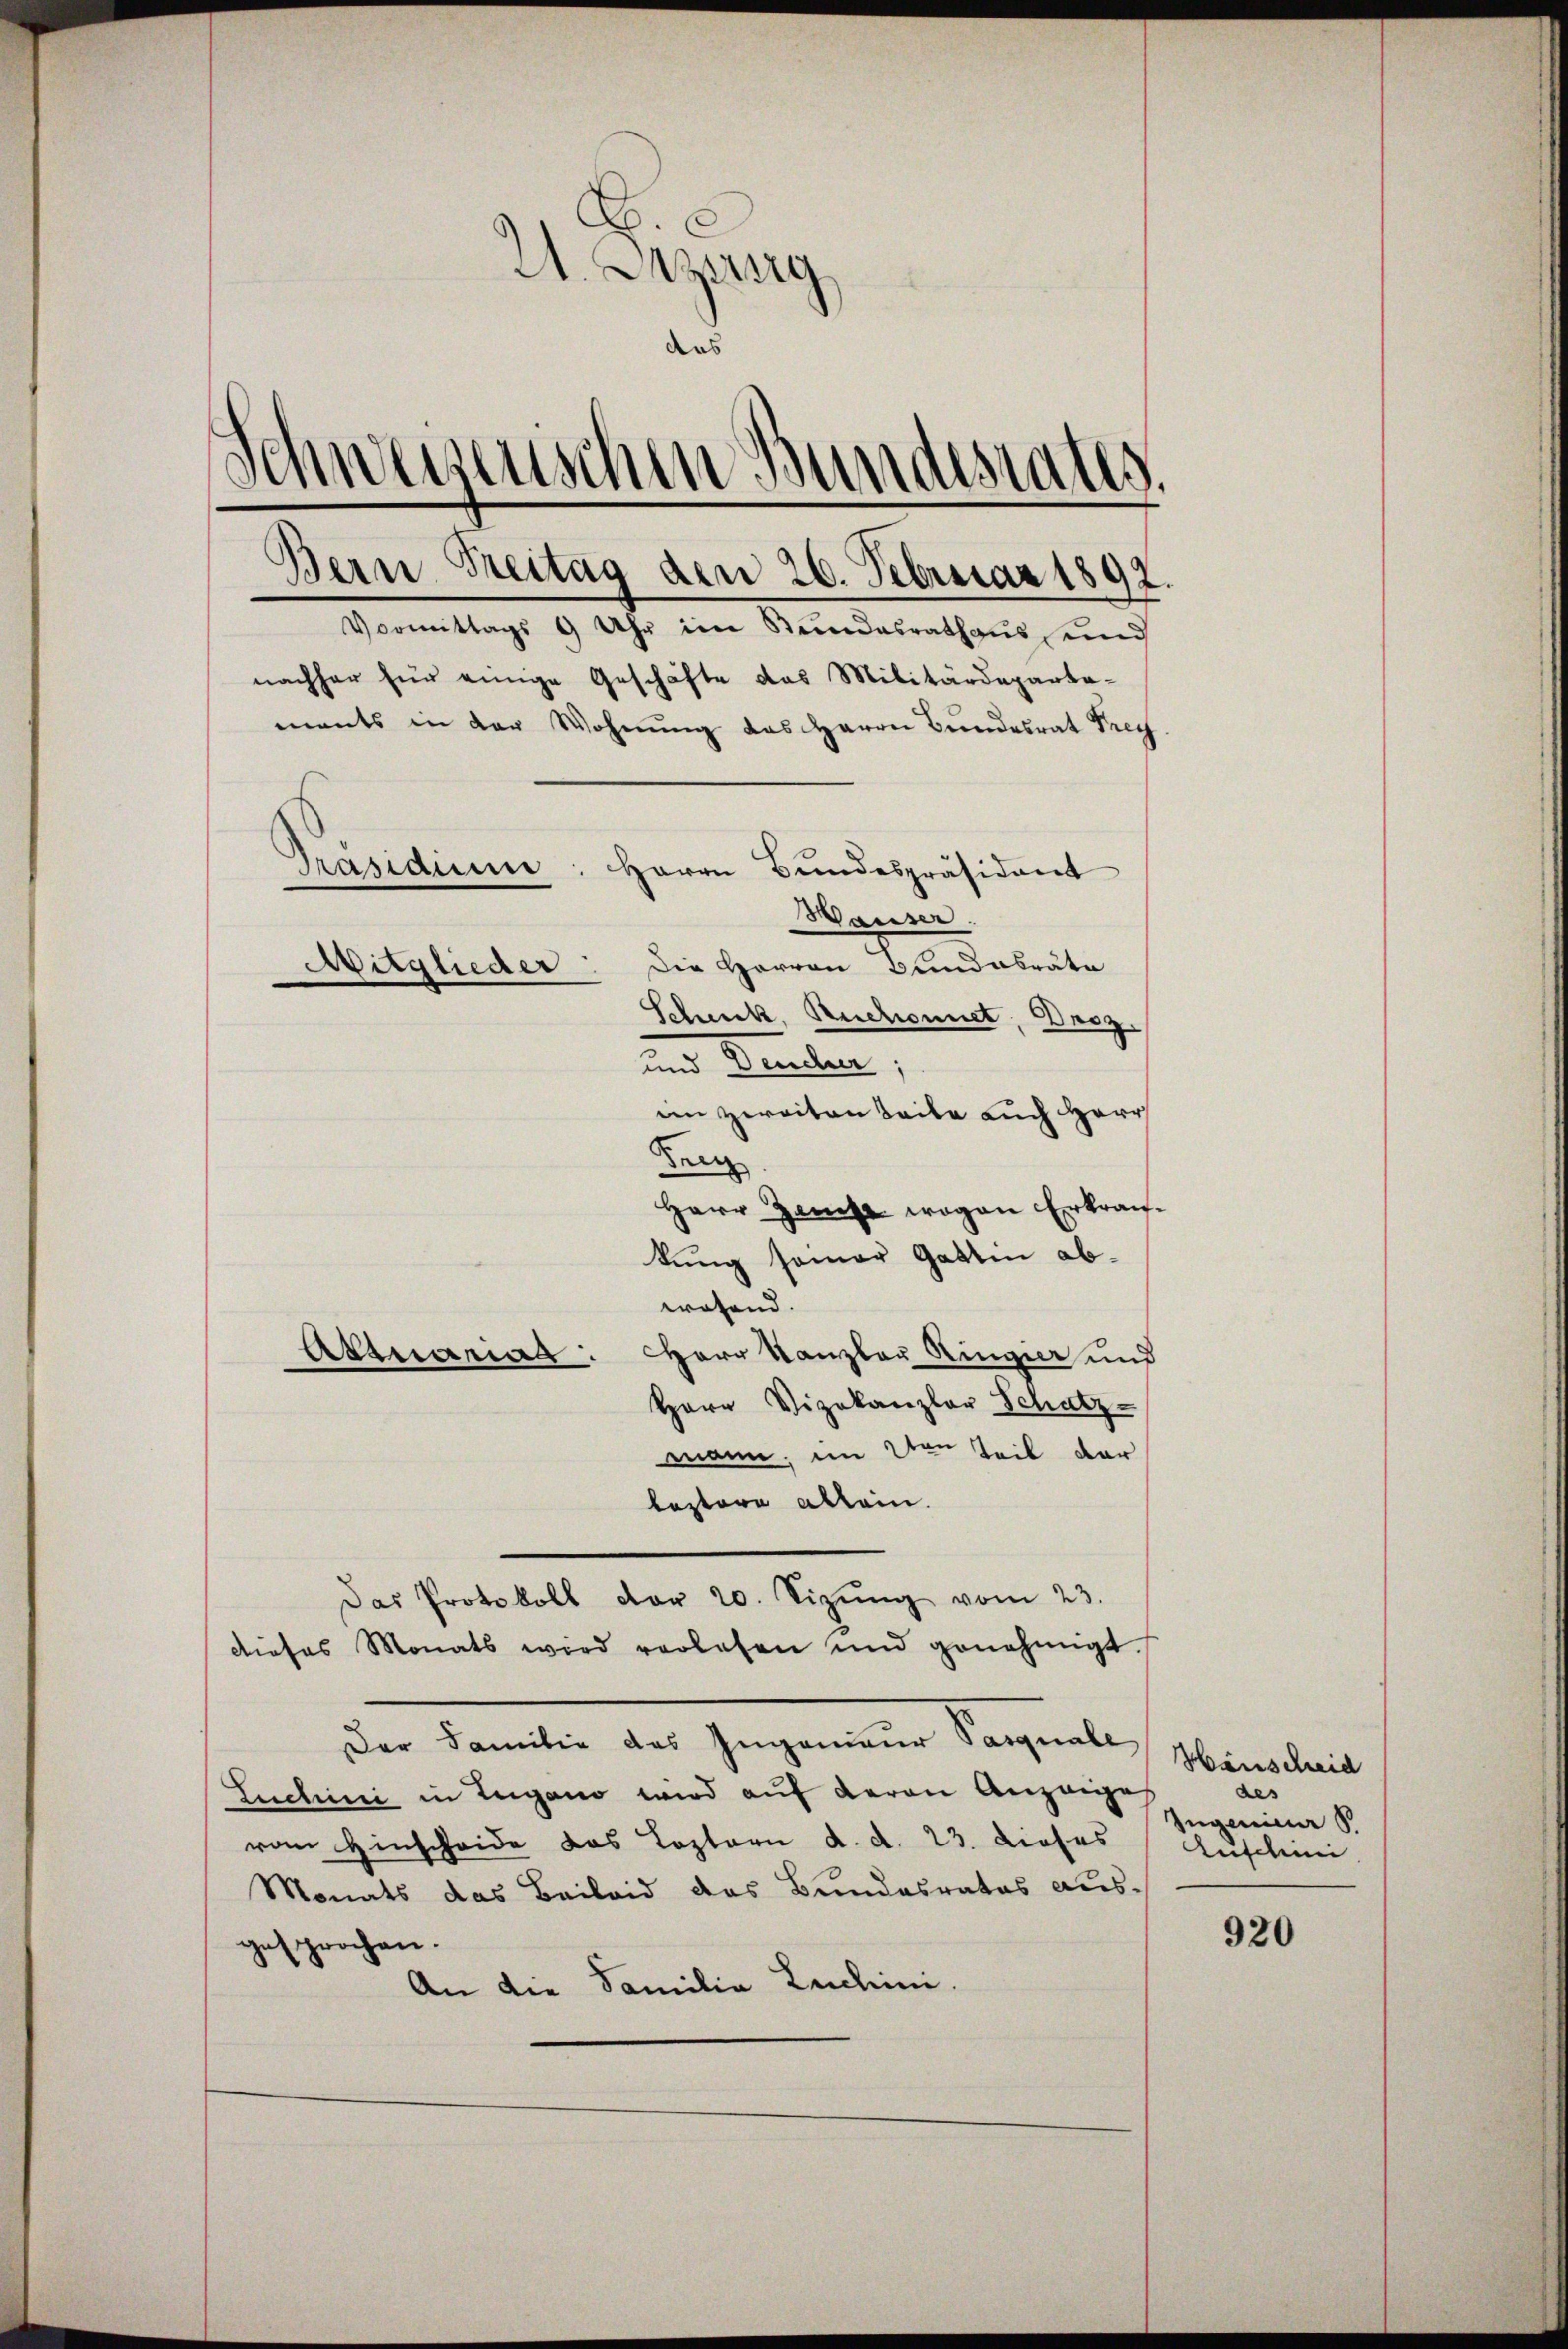
I. Sitzung
das
Schweizerischen Bundesrates,
Bern Freitag den 26. Februar 1892.
Vormittags 9 Uhr im Stŭndesrathaŭs und
nachher für einige Geschäfte das Militärdepartements in der Wohnung das Herrn Bundesrat Frey
Präsidium
Herrn Bundespräsident

Denz
Herr Zinse wegen Erkrankung seiner Gattin abwesend.
Aktuarias: Herr Kanzler Ringer und
Herr Vizekanzler Schatz-
mann, im 2ten Teil dar
leztere allein.
Das Protokoll vor 20. Sizŭng vom 23.
dieses Monats wird verlesen und genehmigt.
Der Familie des Ingenieur Pasquale
Luchini in Lugano wird auf daran Anzeige
vom Hinscheide das Leztern d. d. 23. Dieses Auschini
Monats das Beileid das Bundesrates ausgesprochen.
An die Familia Luchini.

Hauser.
Die Herren Bundesräte
Mitglieder
Scheck, Ruchonnet, Droz.
und Keuler,
im zweiten Leibe auch Herr

e

Hinscheid
des
Ingenier S

920